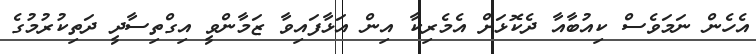
އެހެން ނަމަވެސް ކިއުބާއާ ދެކޮޅަށް އެމެރިކާ އިން އަޅާފައިވާ ޒަމާންވީ އިގްތިސާދީ ދަތިކުރުމުގެ